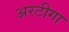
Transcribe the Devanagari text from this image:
अरटीगा